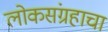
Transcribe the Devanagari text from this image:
लोकसंग्रहाचा